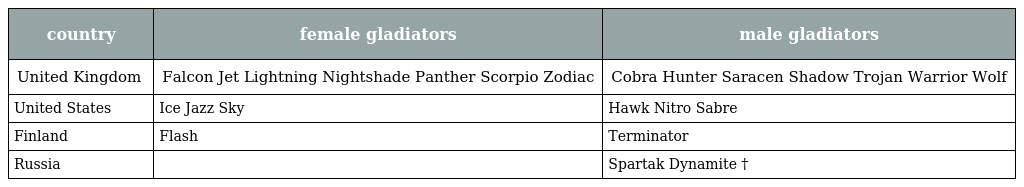
| country | female gladiators | male gladiators |
 | --- | --- | --- |
 | United Kingdom | Falcon Jet Lightning Nightshade Panther Scorpio Zodiac | Cobra Hunter Saracen Shadow Trojan Warrior Wolf |
 | United States | Ice Jazz Sky | Hawk Nitro Sabre |
 | Finland | Flash | Terminator |
 | Russia |  | Spartak Dynamite † |